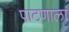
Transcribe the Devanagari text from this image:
पाटणाला